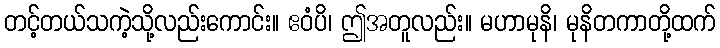
တင့်တယ်သကဲ့သို့လည်းကောင်း။ ဧဝံပိ၊ ဤအတူလည်း။ မဟာမုနိ၊ မုနိတကာတို့ထက်